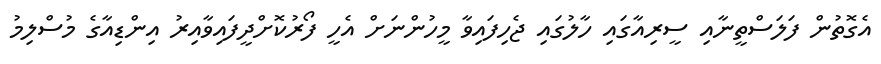
އެގޮތުން ފަލަސްތީނާއި ސީރިއާގައި ހާލުގައި ޖެހިފައިވާ މީހުންނަށް އެހީ ފޯރުކޮށްދީފައިވާއިރު އިންޑިއާގެ މުސްލިމު